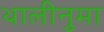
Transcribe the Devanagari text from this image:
थालीनुमा